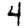
Digit: 4